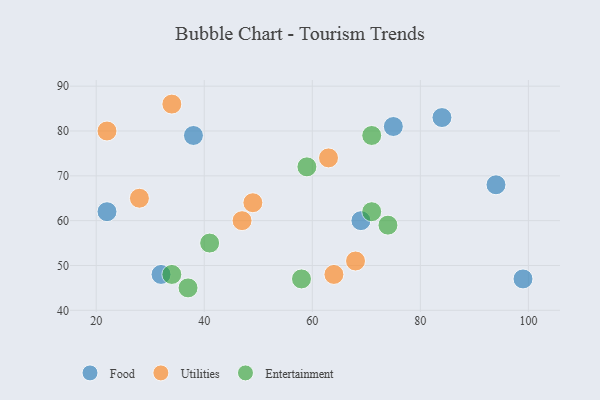
{"axis": {"x": "GDP", "y": "Life Expectancy"}, "legend": ["Entertainment", "Food", "Utilities"], "data": [{"x": "38", "y": 79, "type": "Food"}, {"x": "75", "y": 81, "type": "Food"}, {"x": "22", "y": 62, "type": "Food"}, {"x": "69", "y": 60, "type": "Food"}, {"x": "84", "y": 83, "type": "Food"}, {"x": "94", "y": 68, "type": "Food"}, {"x": "99", "y": 47, "type": "Food"}, {"x": "32", "y": 48, "type": "Food"}, {"x": "28", "y": 65, "type": "Utilities"}, {"x": "49", "y": 64, "type": "Utilities"}, {"x": "68", "y": 51, "type": "Utilities"}, {"x": "22", "y": 80, "type": "Utilities"}, {"x": "34", "y": 86, "type": "Utilities"}, {"x": "64", "y": 48, "type": "Utilities"}, {"x": "47", "y": 60, "type": "Utilities"}, {"x": "63", "y": 74, "type": "Utilities"}, {"x": "71", "y": 62, "type": "Entertainment"}, {"x": "58", "y": 47, "type": "Entertainment"}, {"x": "34", "y": 48, "type": "Entertainment"}, {"x": "37", "y": 45, "type": "Entertainment"}, {"x": "74", "y": 59, "type": "Entertainment"}, {"x": "71", "y": 79, "type": "Entertainment"}, {"x": "41", "y": 55, "type": "Entertainment"}, {"x": "59", "y": 72, "type": "Entertainment"}]}